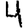
Digit: 4